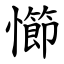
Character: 㦢